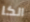
الكا